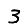
Digit: 3